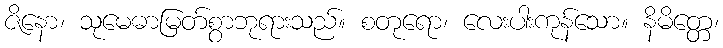
ဇိနော၊ သုမေဓာမြတ်စွာဘုရားသည်။ စတုရော၊ လေးပါးကုန်သော။ နိမိတ္တေ၊